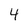
Character: 4